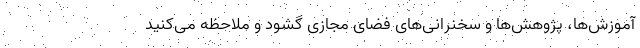
آموزش‌ها، پژوهش‌ها و سخنرانی‌های فضای مجازی گشود و ملاحظه می‌کنید